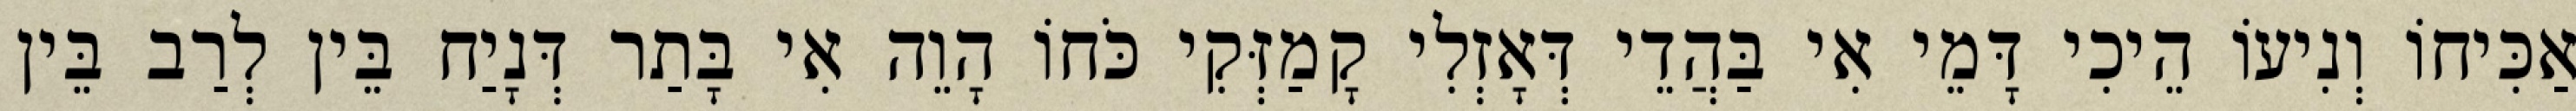
אַכִּיחוֹ וְנִיעוֹ הֵיכִי דָּמֵי אִי בַּהֲדֵי דְּאָזְלִי קָמַזְּקִי כֹּחוֹ הָוֵה אִי בָּתַר דְּנָיַח בֵּין לְרַב בֵּין